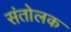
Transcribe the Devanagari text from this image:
संतोलक